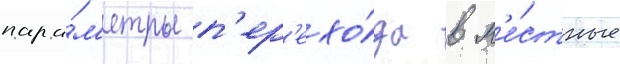
пара́м'етры п'ер'ехо́да в м'е́стные